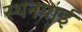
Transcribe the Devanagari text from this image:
स्थनपाई